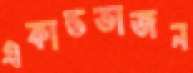
একান্তভাজন